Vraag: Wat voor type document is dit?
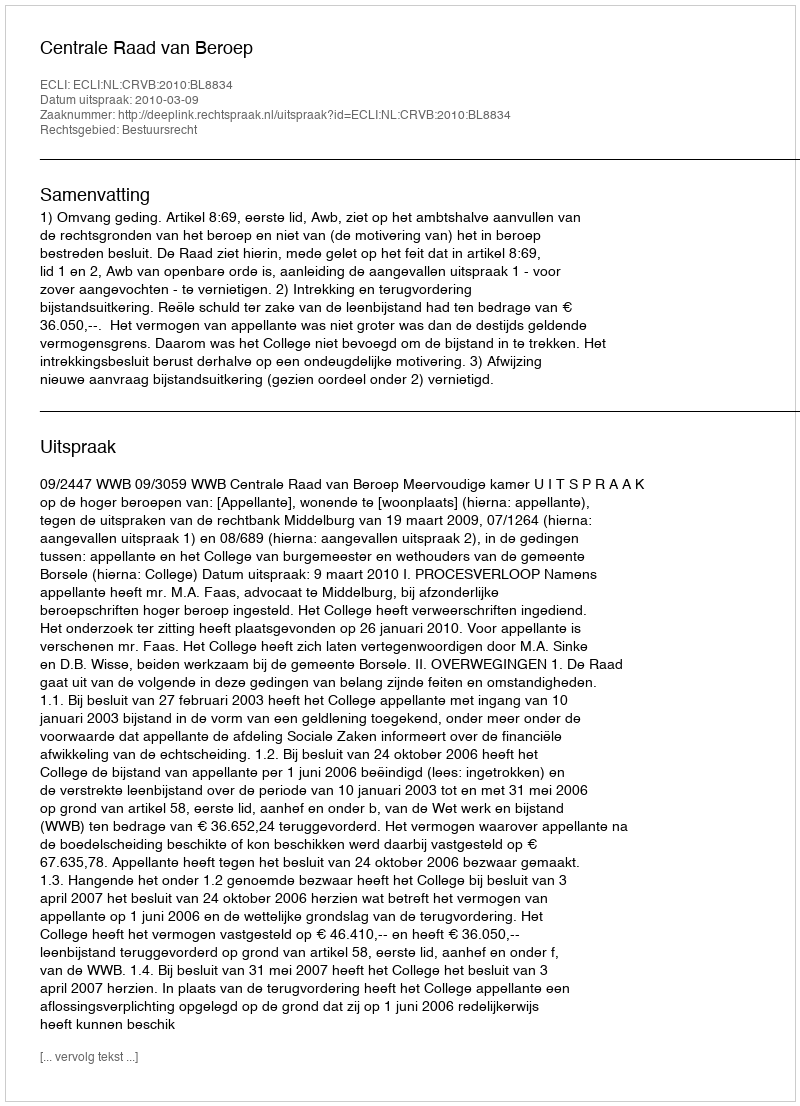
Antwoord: Uitspraak